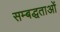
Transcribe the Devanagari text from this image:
सम्बद्धताओं